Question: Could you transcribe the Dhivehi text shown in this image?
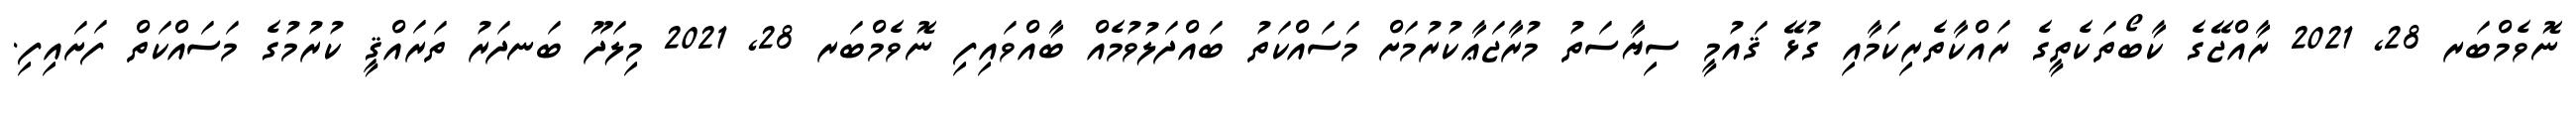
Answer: ނޮވެމްބަރ 28, 2021 ރާއްޖޭގެ ކާބޯތަކެތީގެ ރައްކާތެރިކަމާއި ގުޅޭ ޤައުމީ ސިޔާސަތު މުރާޖަޢާކުރުމަށް މަސައްކަތު ބައްދަލުވުމެއް ބާއްވައިފި ނޮވެމްބަރ 28, 2021 މިލަދޫ ބަނދަރު ތަރައްޤީ ކުރުމުގެ މަސައްކަތް ފަށައިފި.